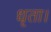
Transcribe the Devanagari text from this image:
धृता।